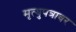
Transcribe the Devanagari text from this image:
मृत्युपत्रावर